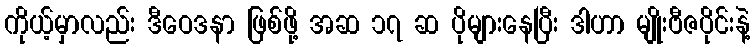
ကိုယ့်မှာလည်း ဒီဝေဒနာ ဖြစ်ဖို့ အဆ ၁၇ ဆ ပိုများနေပြီး ဒါဟာ မျိုးဗီဇပိုင်းနဲ့